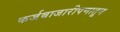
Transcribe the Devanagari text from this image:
कर्जबाजारीपणातून